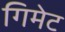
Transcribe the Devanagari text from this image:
गिमेट